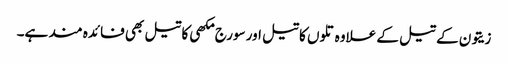
زیتون کے تیل کے علاوہ تلوں کا تیل اور سورج مکھی کا تیل بھی فائدہ مند ہے۔